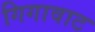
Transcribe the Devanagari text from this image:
गिगावाट